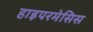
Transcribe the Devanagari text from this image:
हाइपरमेसिस